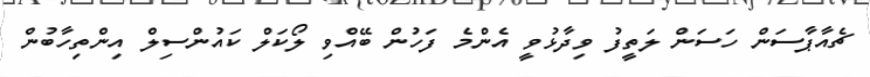
ޗެއާޕާސަން ހަސަން ލަތީފު ވިދާޅުވީ އެންމެ ފަހުން ބޭއްވި ލޯކަލް ކައުންސިލް އިންތިހާބުން